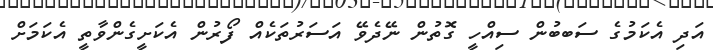
އަދި އެކަމުގެ ސަބބުން ސިއްހީ ގޮތުން ނޭދެވޭ އަސަރުތަކެއް ފޯރުން އެކަށީގެންވާތީ އެކަމަށް